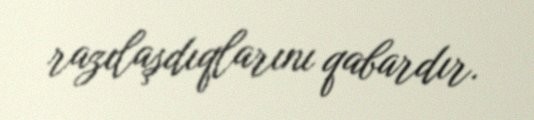
razılaşdıqlarını qabardır.